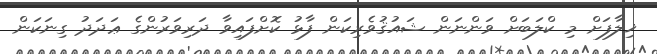
ޚިލާފަށް މި ކްލަބަށް ވަންނަން ޝައުޤުވެރިކަން ފާޅު ކޮށްފައިވާ ދަރިވަރުންގެ ޢަދަދު ގިނަކަން